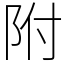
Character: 附